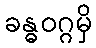
ခန္ဓဝဂ္ဂမှိ